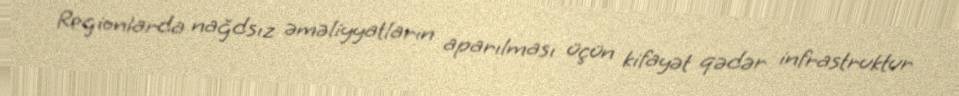
Regionlarda nağdsız əməliyyatların aparılması üçün kifayət qədər infrastruktur